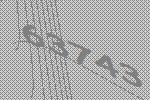
63743